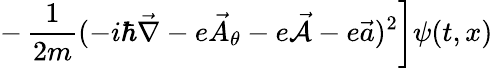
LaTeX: \left.-\, \frac{1}{2m}(-i\hbar{\vec{\nabla}}-e{\vec{A}}_{\theta}-e{\vec{\cal A}}-e{\vec{a}})^{2}\right]\psi(t,x)